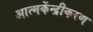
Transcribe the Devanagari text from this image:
आत्मकेंन्द्रीकरण